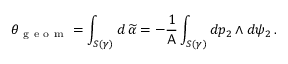
\theta _ { \mathrm { ~ g ~ e ~ o ~ m ~ } } = \int _ { S ( \gamma ) } d \, \widetilde { \alpha } = - \frac { 1 } { \mathsf { A } } \int _ { S ( \gamma ) } d p _ { 2 } \wedge d \psi _ { 2 } \, .